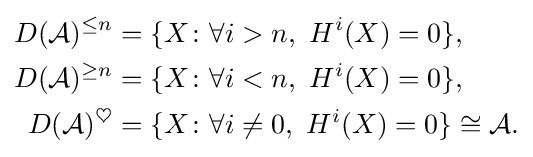
{\begin{aligned}D({\mathcal {A}})^{\leq n}&=\{X\colon \forall i>n,\ H^{i}(X)=0\},\\D({\mathcal {A}})^{\geq n}&=\{X\colon \forall i<n,\ H^{i}(X)=0\},\\D({\mathcal {A}})^{\heartsuit }&=\{X\colon \forall i\neq 0,\ H^{i}(X)=0\}\cong {\mathcal {A}}.\end{aligned}}